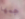
حجمها